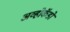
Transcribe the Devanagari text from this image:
अव्होकॅडो